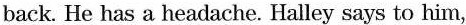
back. He has a headache. Halley says to him,